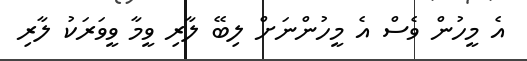
އެ މީހުން ވެސް އެ މީހުންނަށް ލިބޭ ލާރި ވީމާ ވީވަރަކު ލާރި